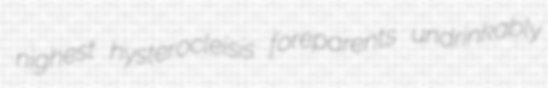
nighest hysterocleisis foreparents undrinkably